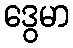
ဒွေမာ